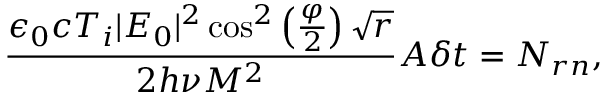
\frac { \epsilon _ { 0 } c T _ { i } | E _ { 0 } | ^ { 2 } \cos ^ { 2 } \left( \frac { \varphi } { 2 } \right) \sqrt { r } } { 2 h \nu M ^ { 2 } } A \delta t = N _ { r n } ,